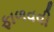
ફાળવવી